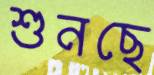
শুনছে